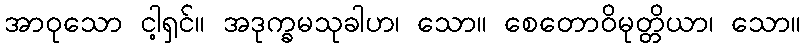
အာဝုသော ငါ့ရှင်။ အဒုက္ခမသုခါဟ၊ သော။ စေတောဝိမုတ္တိယာ၊ သော။